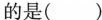
的是()